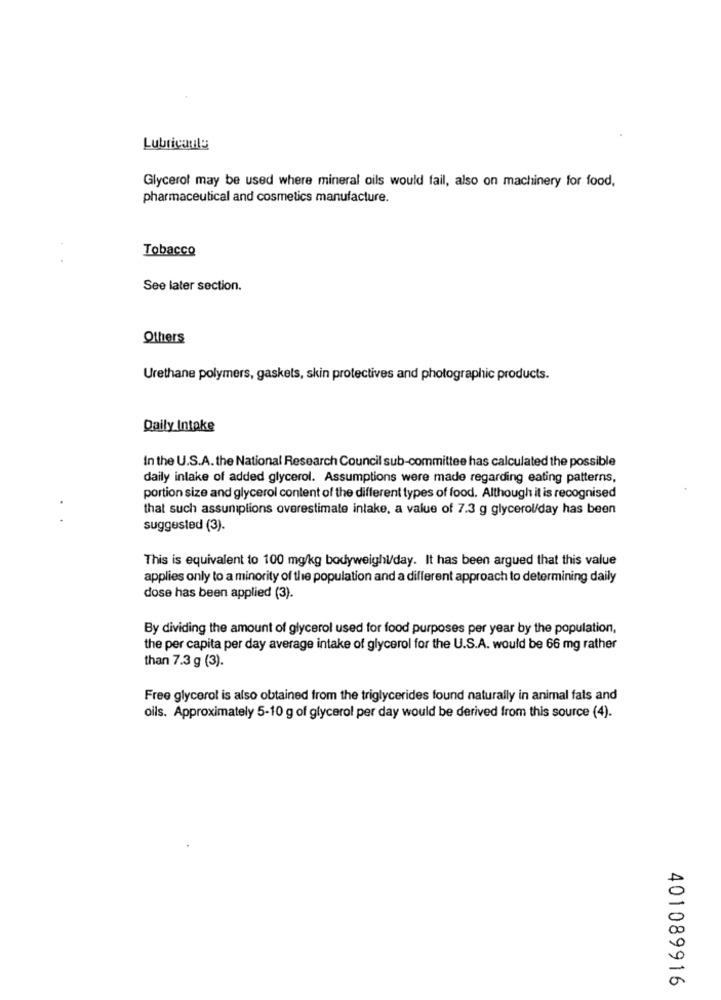
Lubricantla
Glycerol may be used where mineral oils would fail, also on machinery for food,
pharmaceutical and cosmetics manufacture.
Tobacco
See later section.
Others
Urethane polymers, gaskets, skin protectives and photographic products.
Daily Intake
In the U.S.A. the National Research Council sub-committee has calculated the possible
daily inlake of added glycerol. Assumptions were made regarding eating patterns,
portion size and glycerol content of the different types of food. Although it is recognised
that such assumptions overestimate intake, a value of 7.3 g glycerol/day has been
suggested (3).
This is equivalent to 100 mg/kg bodyweight/day. It has been argued that this value
applies only to a minority of the population and a different approach to determining daily
dose has been applied (3).
By dividing the amount of glycerol used for food purposes per year by the population,
the per capita per day average intake of glycerol for the U.S.A. would be 66 mg rather
than 7.3 g (3).
Free glycerol is also obtained from the triglycerides found naturally in animal fats and
oils. Approximately 5-10 g of glycerol per day would be derived from this source (4).
401089916